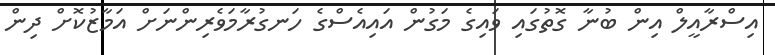
އިސްރާއީލް އިން ބުނާ ގޮތުގައި ވައިގެ މަގުން އައިއެސްގެ ހަނގުރާމަވެރިންނަށް އަމާޒުކޮށް ދިން